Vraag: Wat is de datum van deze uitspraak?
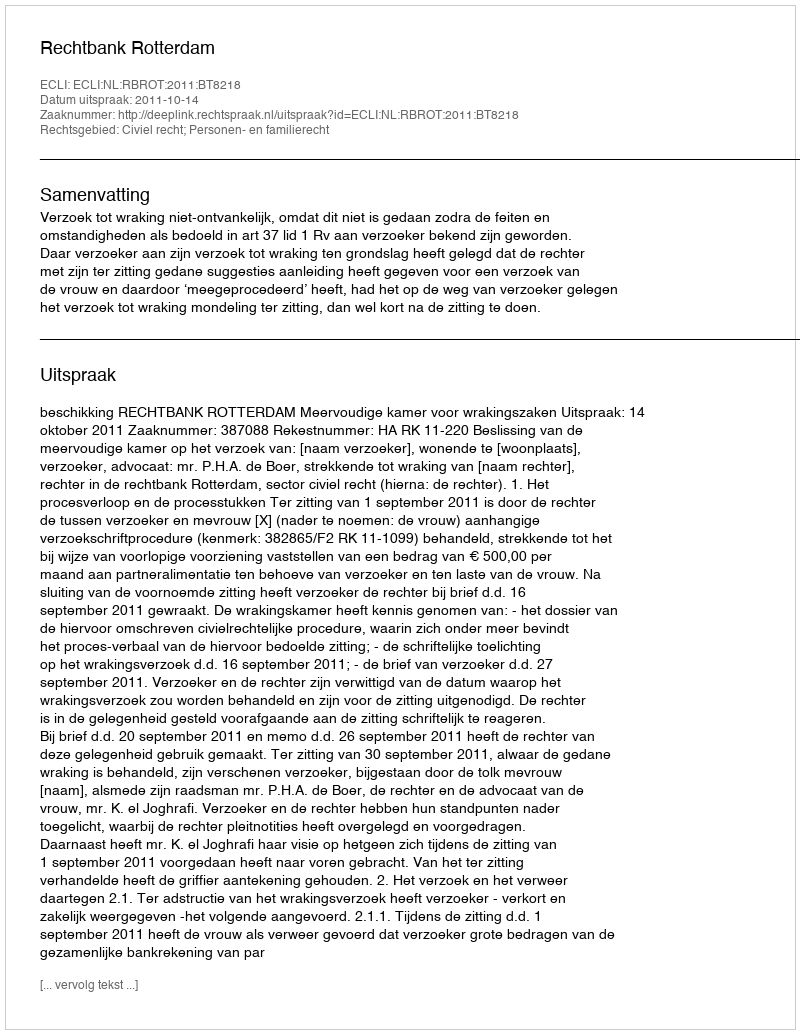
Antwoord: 2011-10-14